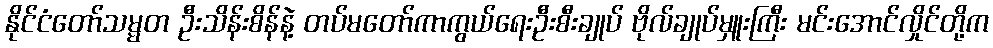
နိုင်ငံတော်သမ္မတ ဦးသိန်းစိန်နဲ့ တပ်မတော်ကာကွယ်ရေးဦးစီးချုပ် ဗိုလ်ချုပ်မှူးကြီး မင်းအောင်လှိုင်တို့က